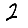
Digit: 2